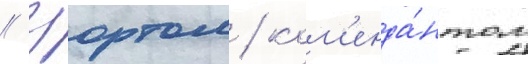
// Уортом / ком'енда́нтом